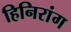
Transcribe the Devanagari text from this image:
हिनिरांग